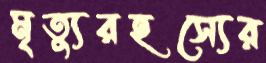
মৃত্যুরহস্যের